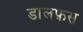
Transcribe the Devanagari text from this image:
डालफ़स